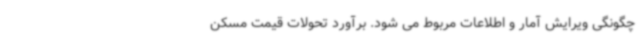
چگونگی ویرایش آمار و اطلاعات مربوط می شود. برآورد تحولات قیمت مسکن